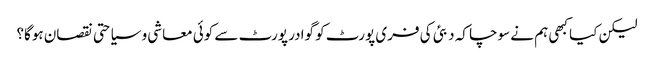
لیکن کیا کبھی ہم نے سوچا کہ دبئی کی فری پورٹ کو گوادر پورٹ سے کوئی معاشی و سیاحتی نقصان ہوگا؟